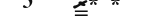
١٣٧